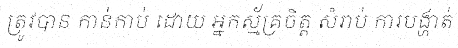
ត្រូវបាន កាន់កាប់ ដោយ អ្នកស្ម័គ្រចិត្ត សំរាប់ ការបង្ហាត់